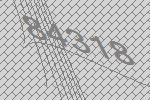
84318